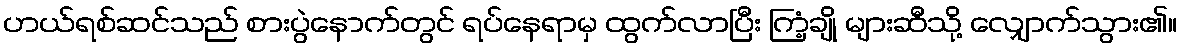
ဟယ်ရစ်ဆင်သည် စားပွဲနောက်တွင် ရပ်နေရာမှ ထွက်လာပြီး ကြံ့ချို များဆီသို့ လျှောက်သွား၏။